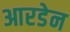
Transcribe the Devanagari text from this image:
आरडेन